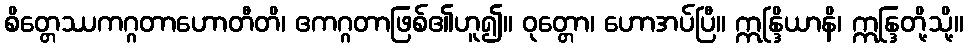
စိတ္တေဿကဂ္ဂတာဟောတီတိ၊ ဧကဂ္ဂတာဖြစ်၏ဟူ၍။ ဝုတ္တော၊ ဟောအပ်ပြီ။ ဣန္ဒြိယာနိ၊ ဣန္ဒြတို့သို့။